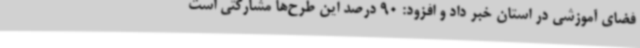
فضای آموزشی در استان خبر داد و افزود: 90 درصد این طرح‌ها مشارکتی است